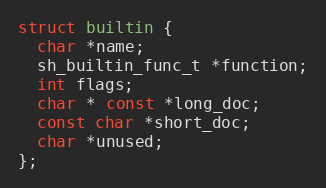
Language: C
struct builtin {
  char *name;
  sh_builtin_func_t *function;
  int flags;
  char * const *long_doc;
  const char *short_doc;
  char *unused;
};